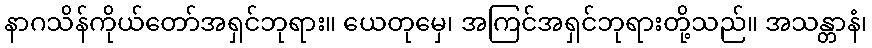
နာဂသိန်ကိုယ်တော်အရှင်ဘုရား။ ယေတုမှေ၊ အကြင်အရှင်ဘုရားတို့သည်။ အသန္တာနံ၊